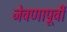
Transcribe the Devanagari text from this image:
जेवणापूर्वी